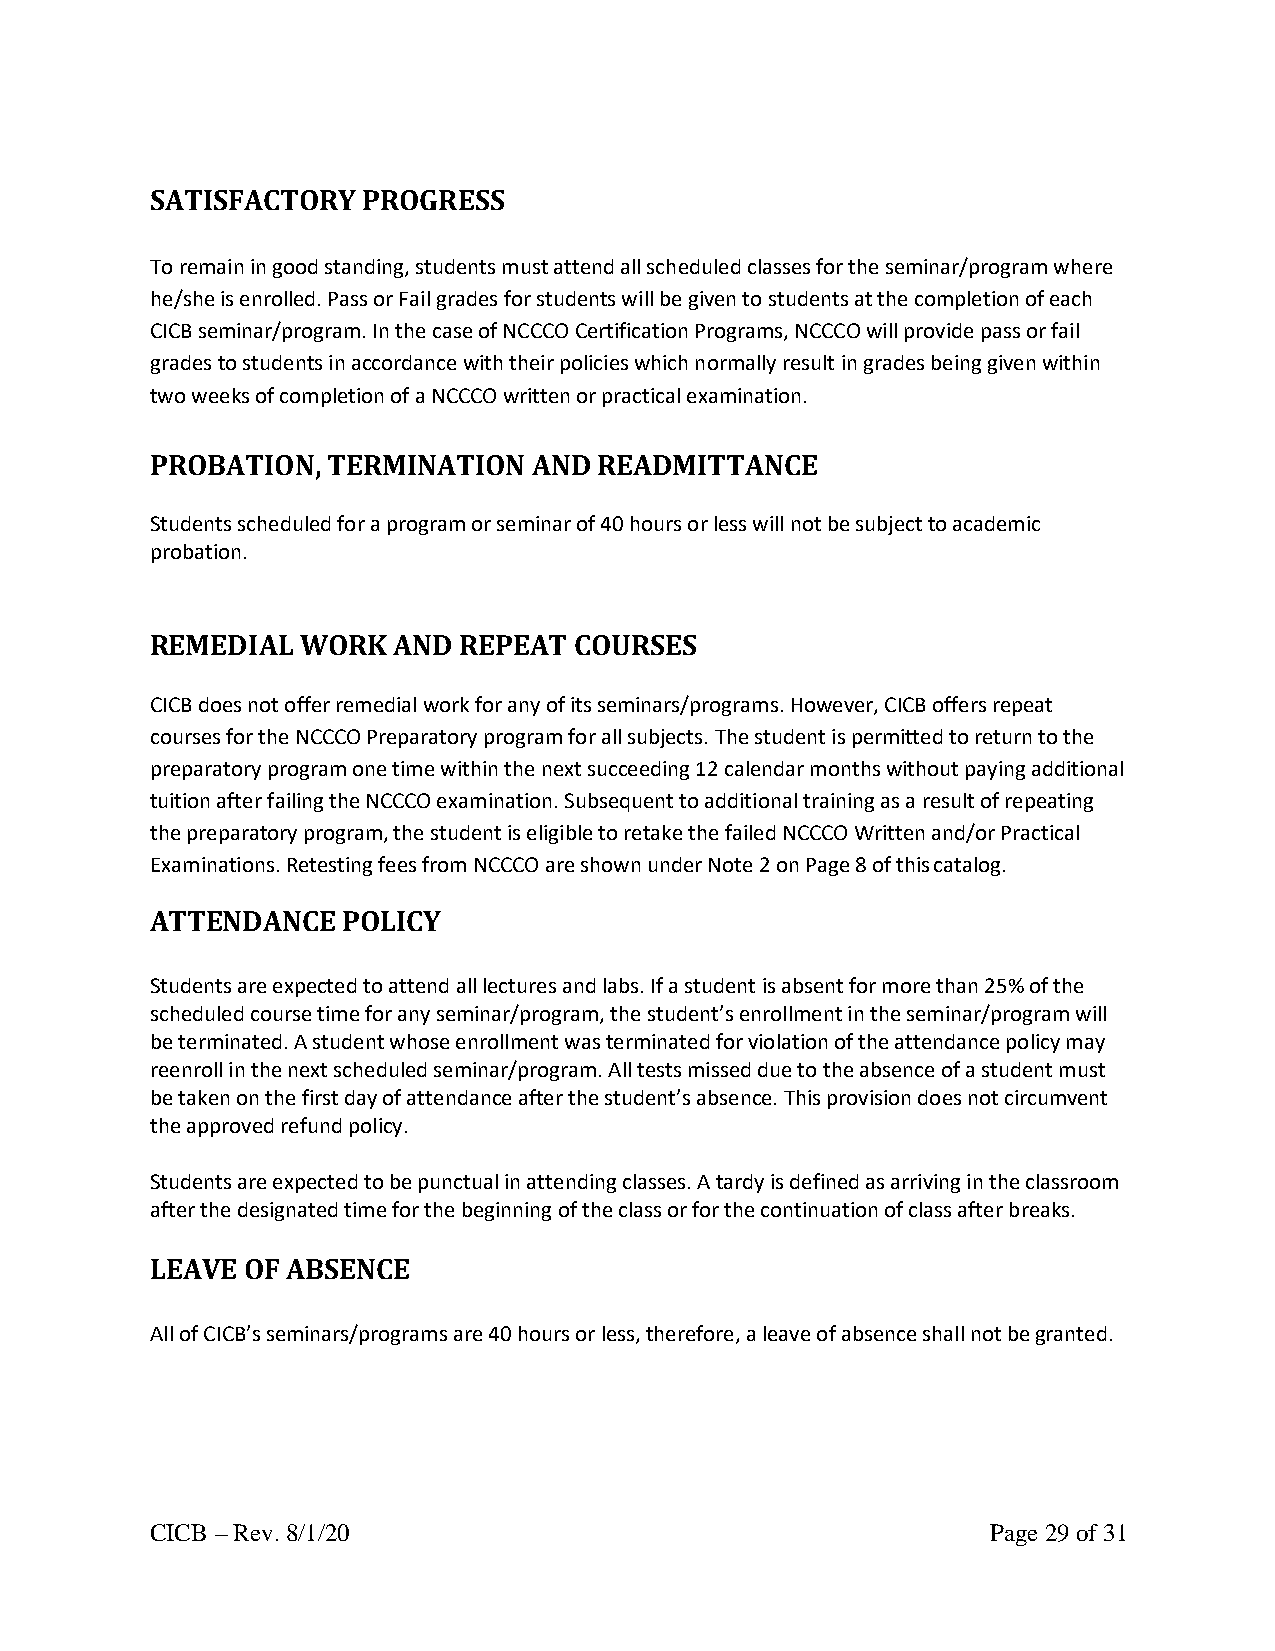
SATISFACTORY  PROGRESS
 To remain in good standing, students must attend all scheduled classes for the seminar/program where
 he/she is enrolled. Pass or Fail grades for students will be given to students at the completion of each
 CICB seminar/program. In the case of NCCCO Certification Programs, NCCCO will provide pass or fail
 grades to students in accordance with their policies which normally result in grades being given within
 two weeks of completion of a NCCCO written or practical examination.
 PROBATION,  TERMINATION  AND  READMITTANCE
 Students scheduled for a program or seminar of 40 hours or less will not be subject to academic
 probation.
 REMEDIAL  WORK  AND REPEAT  COURSES
 CICB does not offer remedial work for any of its seminars/programs. However, CICB offers repeat
 courses for the NCCCO Preparatory program for all subjects. The student is permitted to return to the
 preparatory program one time within the next succeeding 12 calendar months without paying additional
 tuition after failing the NCCCO examination. Subsequent to additional training as a result of repeating
 the preparatory program, the student is eligible to retake the failed NCCCO Written and/or Practical
 Examinations. Retesting fees from NCCCO are shown under Note 2 on Page 8 of this catalog.
 ATTENDANCE   POLICY
 Students are expected to attend all lectures and labs. If a student is absent for more than 25% of the
 scheduled course time for any seminar/program, the student’s enrollment in the seminar/program will
 be terminated. A student whose enrollment was terminated for violation of the attendance policy may
 reenroll in the next scheduled seminar/program. All tests missed due to the absence of a student must
 be taken on the first day of attendance after the student’s absence. This provision does not circumvent
 the approved refund policy.
 Students are expected to be punctual in attending classes. A tardy is defined as arriving in the classroom
 after the designated time for the beginning of the class or for the continuation of class after breaks.
 LEAVE OF ABSENCE
 All of CICB’s seminars/programs are 40 hours or less, therefore, a leave of absence shall not be granted.
 CICB – Rev. 8/1/20                                      Page 29 of 31